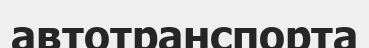
автотранспорта